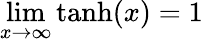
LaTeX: \operatorname*{lim}_{x\rightarrow\infty}\operatorname{tanh}(x)=1